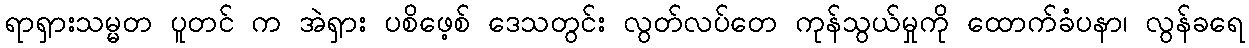
ရာရှားသမ္မတ ပူတင် က အဲရှား ပစိဖေ့စ် ဒေသတွင်း လွတ်လပ်တေ ကုန်သွယ်မှုကို ထောက်ခံပနာ၊ လွန်ခရေ